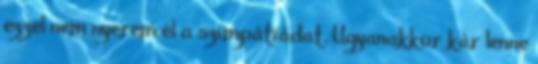
ezzel nem nyerem el a szimpátiádat. Ugyanakkor kár lenne